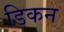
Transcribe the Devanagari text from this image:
डिकन